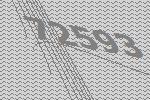
72593